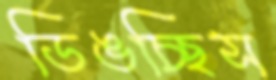
ডিঙচ্ছিস